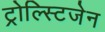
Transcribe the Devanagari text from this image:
ट्रोल्स्टिजेन